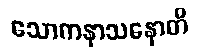
သောကနာသနောတိ